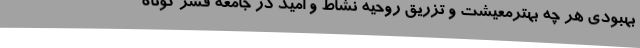
بهبودی هر چه بهترمعیشت و تزریق روحیه نشاط و امید در جامعه قشر کوتاه